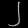
Digit: ၂